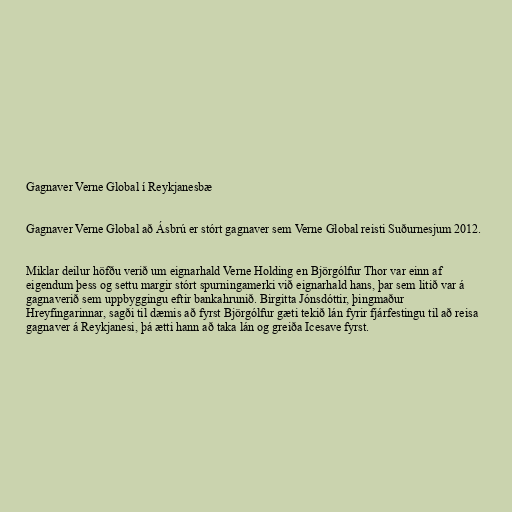
Gagnaver Verne Global í Reykjanesbæ

Gagnaver Verne Global að Ásbrú er stórt gagnaver sem Verne Global reisti Suðurnesjum 2012.

Miklar deilur höfðu verið um eignarhald Verne Holding en Björgólfur Thor var einn af
eigendum þess og settu margir stórt spurningamerki við eignarhald hans, þar sem litið var á
gagnaverið sem uppbyggingu eftir bankahrunið. Birgitta Jónsdóttir, þingmaður
Hreyfingarinnar, sagði til dæmis að fyrst Björgólfur gæti tekið lán fyrir fjárfestingu til að reisa
gagnaver á Reykjanesi, þá ætti hann að taka lán og greiða Icesave fyrst.